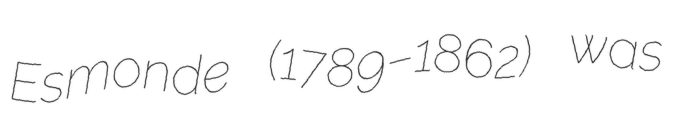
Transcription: Esmonde (1789–1862) was